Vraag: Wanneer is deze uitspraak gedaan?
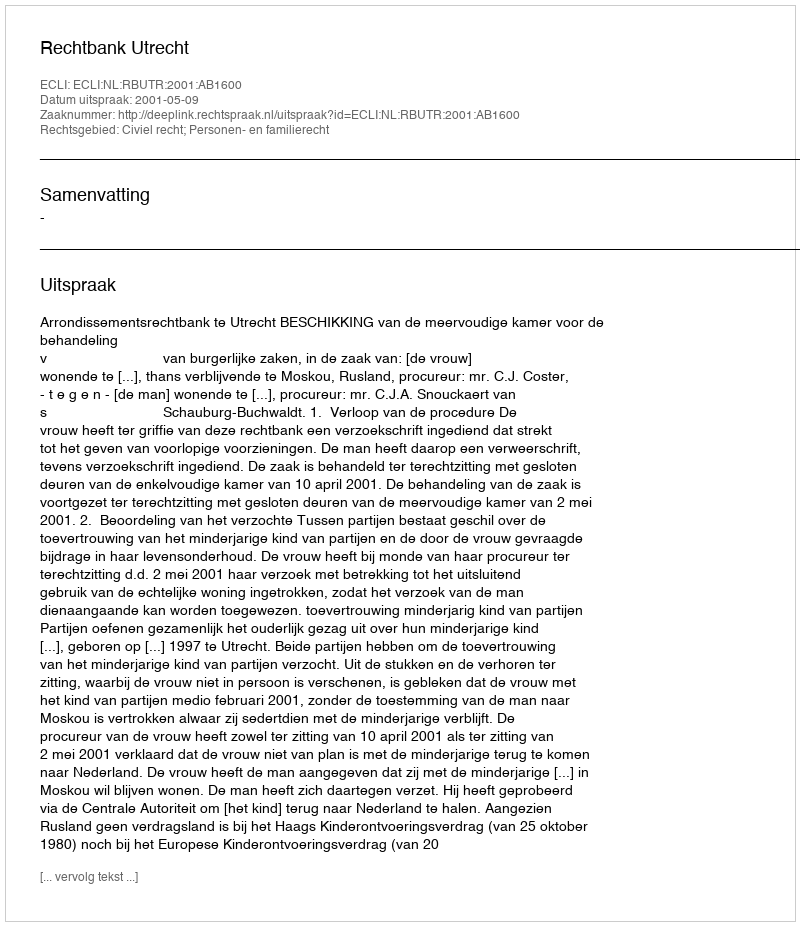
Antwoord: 2001-05-09